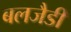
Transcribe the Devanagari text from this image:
बलजैडी